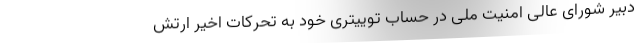
دبیر شورای عالی امنیت ملی در حساب توییتری خود به تحرکات اخیر ارتش